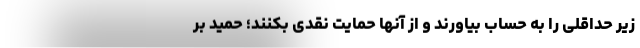
زیر حداقلی را به حساب بیاورند و از آنها حمایت نقدی بکنند؛ حمید بر